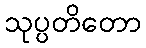
သုပ္ပတိတော